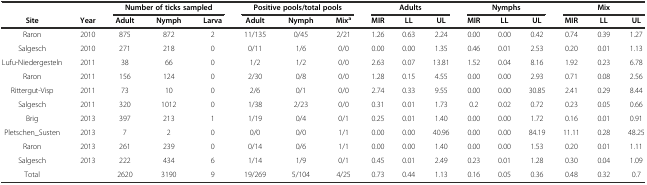
<table><thead><tr><td></td><td></td><td colspan="3"><b>Number of ticks sampled</b></td><td colspan="3"><b>Positive pools/total pools</b></td><td colspan="3"><b>Adults</b></td><td colspan="3"><b>Nymphs</b></td><td colspan="3"><b>Mix</b></td></tr><tr><td><b>Site</b></td><td><b>Year</b></td><td><b>Adult</b></td><td><b>Nymph</b></td><td><b>Larva</b></td><td><b>Adult</b></td><td><b>Nymph</b></td><td><b>Mix<sup>a</sup></b></td><td><b>MIR</b></td><td><b>LL</b></td><td><b>UL</b></td><td><b>MIR</b></td><td><b>LL</b></td><td><b>UL</b></td><td><b>MIR</b></td><td><b>LL</b></td><td><b>UL</b></td></tr></thead><tbody><tr><td>Raron</td><td>2010</td><td>875</td><td>872</td><td>2</td><td>11/135</td><td>0/45</td><td>2/21</td><td>1.26</td><td>0.63</td><td>2.24</td><td>0.00</td><td>0.00</td><td>0.42</td><td>0.74</td><td>0.39</td><td>1.27</td></tr><tr><td>Salgesch</td><td>2010</td><td>271</td><td>218</td><td>0</td><td>0/11</td><td>1/6</td><td>0/0</td><td>0.00</td><td>0.00</td><td>1.35</td><td>0.46</td><td>0.01</td><td>2.53</td><td>0.20</td><td>0.01</td><td>1.13</td></tr><tr><td>Lufu-Niedergesteln</td><td>2011</td><td>38</td><td>66</td><td>0</td><td>1/2</td><td>1/2</td><td>0/0</td><td>2.63</td><td>0.07</td><td>13.81</td><td>1.52</td><td>0.04</td><td>8.16</td><td>1.92</td><td>0.23</td><td>6.78</td></tr><tr><td>Raron</td><td>2011</td><td>156</td><td>124</td><td>0</td><td>2/30</td><td>0/8</td><td>0/0</td><td>1.28</td><td>0.15</td><td>4.55</td><td>0.00</td><td>0.00</td><td>2.93</td><td>0.71</td><td>0.08</td><td>2.56</td></tr><tr><td>Rittergut-Visp</td><td>2011</td><td>73</td><td>10</td><td>0</td><td>2/6</td><td>0/1</td><td>0/0</td><td>2.74</td><td>0.33</td><td>9.55</td><td>0.00</td><td>0.00</td><td>30.85</td><td>2.41</td><td>0.29</td><td>8.44</td></tr><tr><td>Salgesch</td><td>2011</td><td>320</td><td>1012</td><td>0</td><td>1/38</td><td>2/23</td><td>0/0</td><td>0.31</td><td>0.01</td><td>1.73</td><td>0.2</td><td>0.02</td><td>0.72</td><td>0.23</td><td>0.05</td><td>0.66</td></tr><tr><td>Brig</td><td>2013</td><td>397</td><td>213</td><td>1</td><td>1/19</td><td>0/4</td><td>0/1</td><td>0.25</td><td>0.01</td><td>1.40</td><td>0.00</td><td>0.00</td><td>1.72</td><td>0.16</td><td>0.01</td><td>0.91</td></tr><tr><td>Pletschen_Susten</td><td>2013</td><td>7</td><td>2</td><td>0</td><td>0/0</td><td>0/0</td><td>1/1</td><td>0.00</td><td>0.00</td><td>40.96</td><td>0.00</td><td>0.00</td><td>84.19</td><td>11.11</td><td>0.28</td><td>48.25</td></tr><tr><td>Raron</td><td>2013</td><td>261</td><td>239</td><td>0</td><td>0/14</td><td>0/6</td><td>1/1</td><td>0.00</td><td>0.00</td><td>1.40</td><td>0.00</td><td>0.00</td><td>1.53</td><td>0.20</td><td>0.01</td><td>1.11</td></tr><tr><td>Salgesch</td><td>2013</td><td>222</td><td>434</td><td>6</td><td>1/14</td><td>1/9</td><td>0/1</td><td>0.45</td><td>0.01</td><td>2.49</td><td>0.23</td><td>0.01</td><td>1.28</td><td>0.30</td><td>0.04</td><td>1.09</td></tr><tr><td>Total</td><td></td><td>2620</td><td>3190</td><td>9</td><td>19/269</td><td>5/104</td><td>4/25</td><td>0.73</td><td>0.44</td><td>1.13</td><td>0.16</td><td>0.05</td><td>0.36</td><td>0.48</td><td>0.32</td><td>0.7</td></tr></tbody></table>